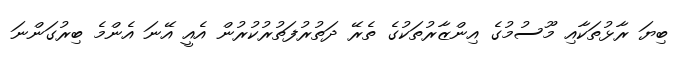
ބިޔަ ރާޅުތަކާއި މޫސުމުގެ އިންޒާރުތަކުގެ ތެރޭ ދަތުރުފަތުރުކުރުން އެއީ އޭނަ އެންމެ ބިރުގަންނަ